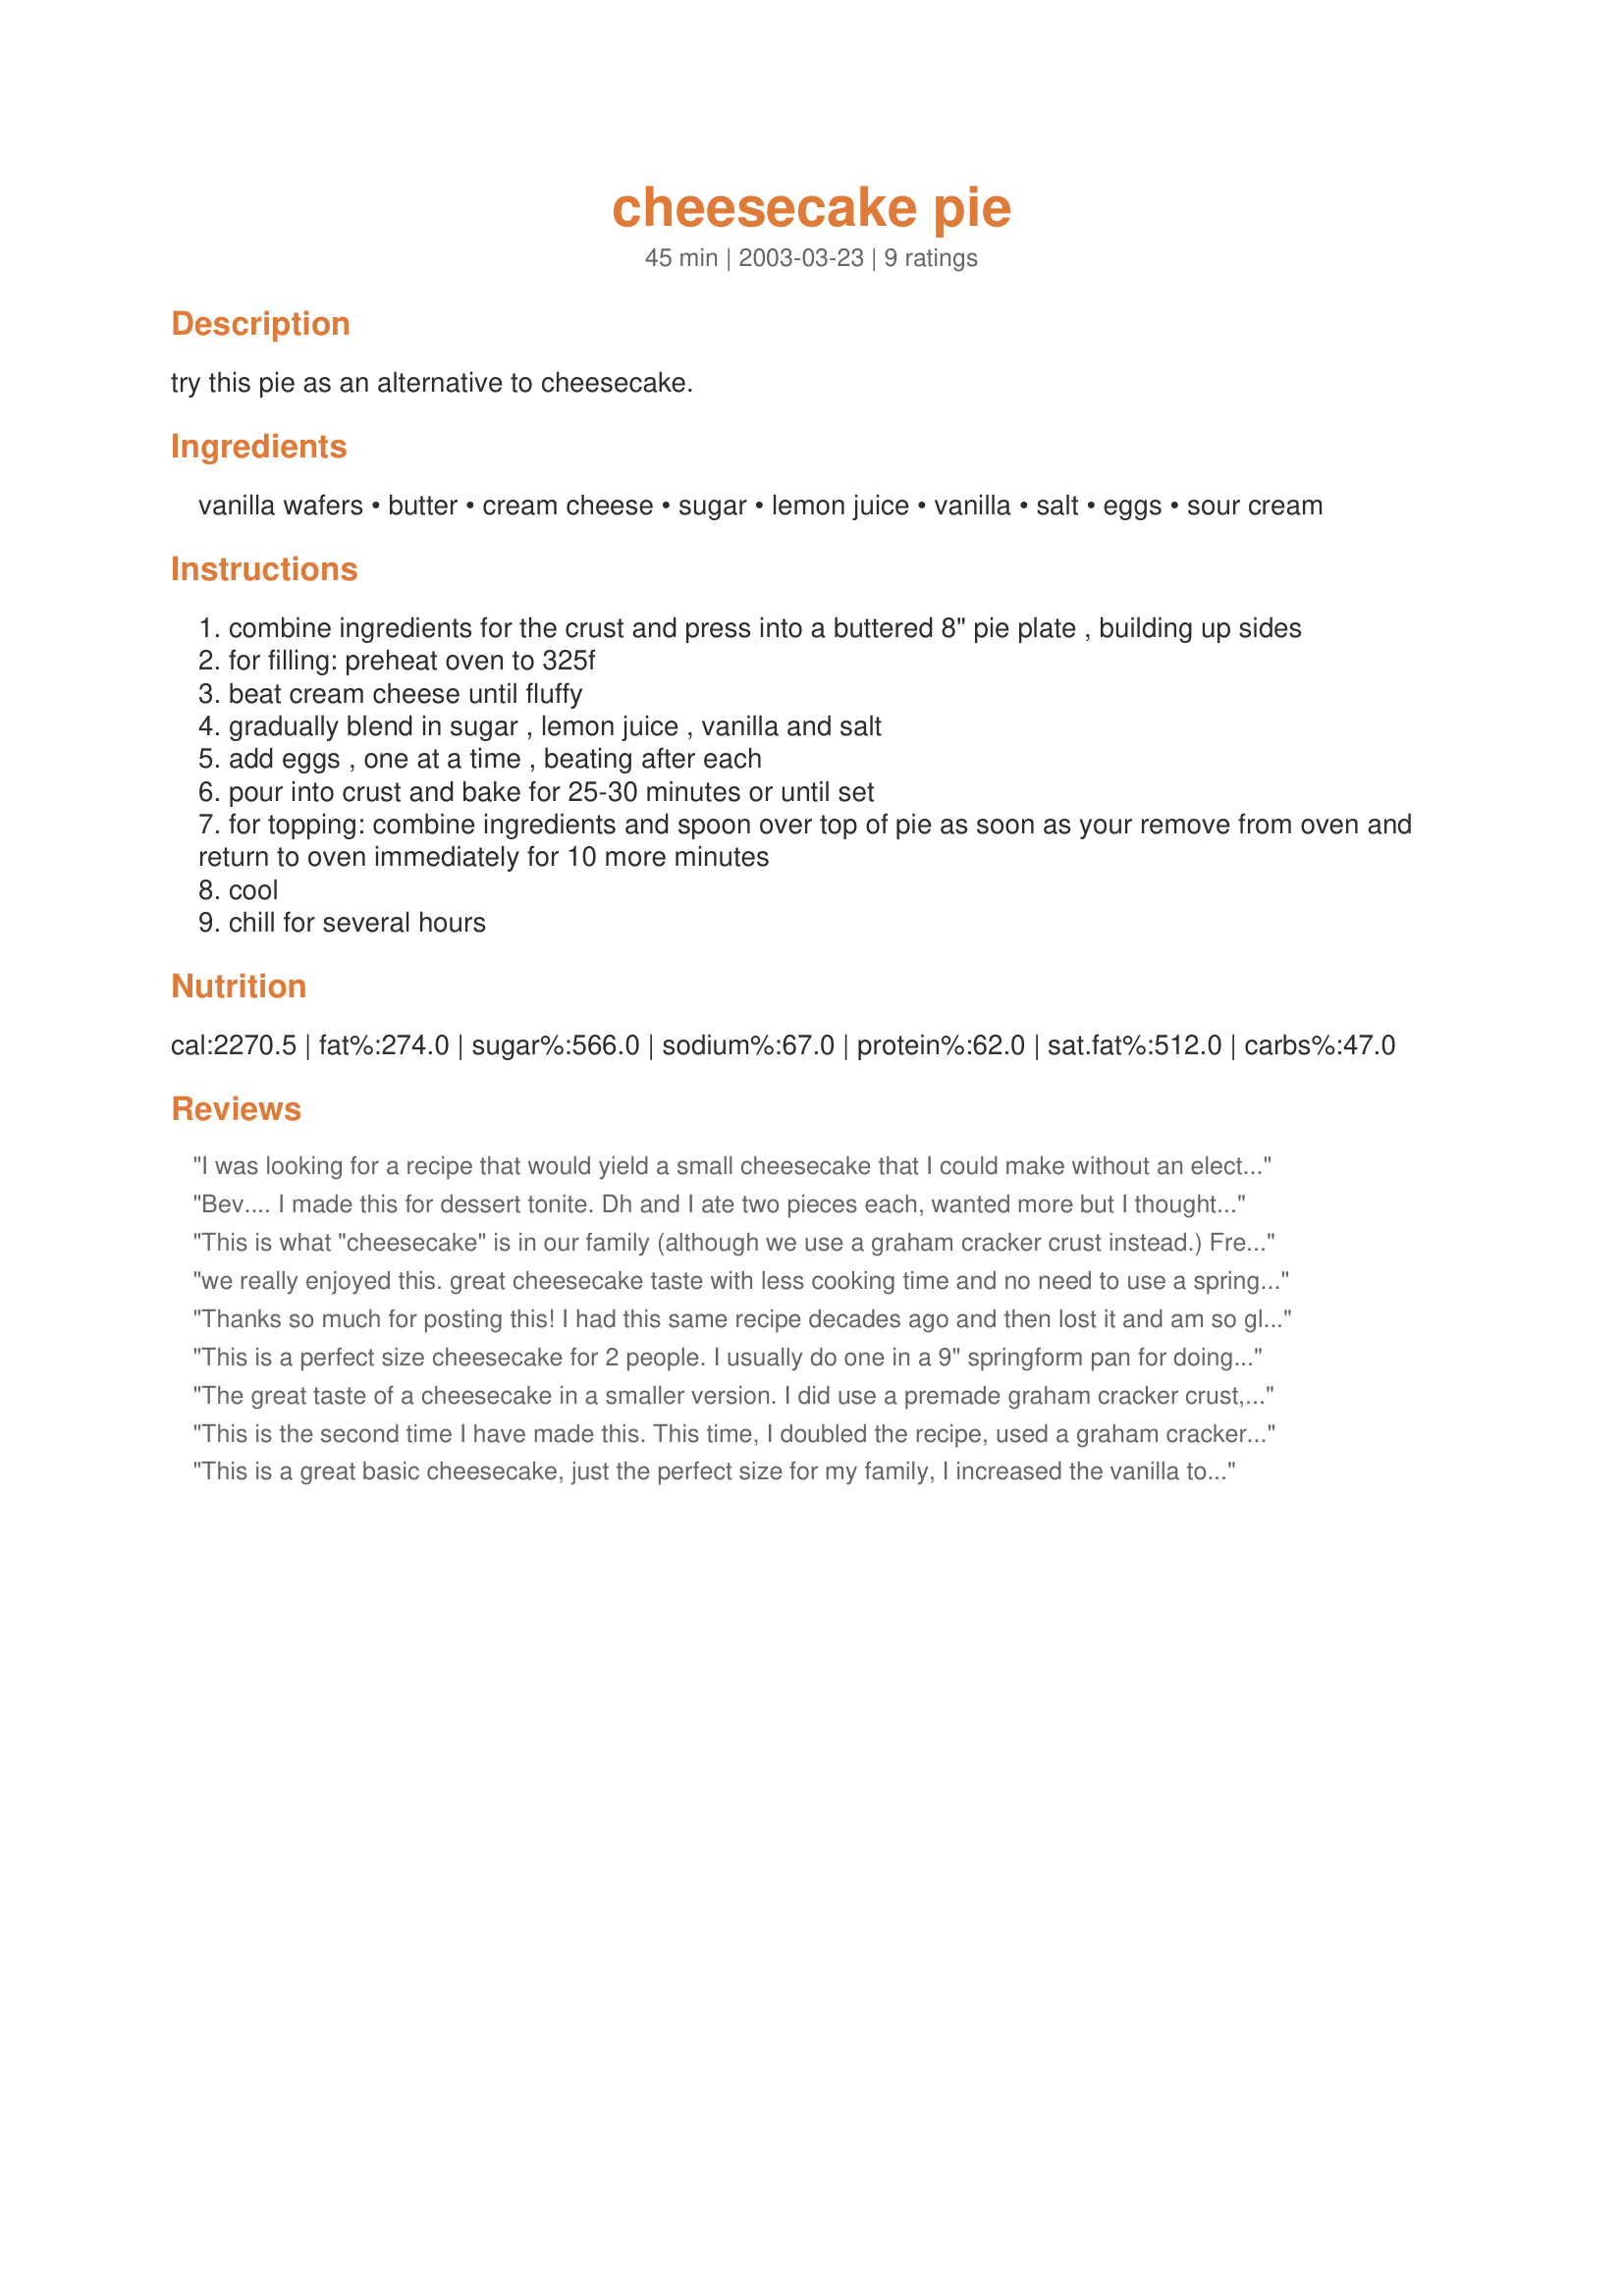
cheesecake pie
Preparation time: 45 minutes

try this pie as an alternative to cheesecake.

Ingredients:
vanilla wafers, butter, cream cheese, sugar, lemon juice, vanilla, salt, eggs, sour cream

Steps:
combine ingredients for the crust and press into a buttered 8" pie plate , building up sides
for filling: preheat oven to 325f
beat cream cheese until fluffy
gradually blend in sugar , lemon juice , vanilla and salt
add eggs , one at a time , beating after each
pour into crust and bake for 25-30 minutes or until set
for topping: combine ingredients and spoon over top of pie as soon as your remove from oven and return to oven immediately for 10 more minutes
cool
chill for several hours

Reviews:
I was looking for a recipe that would yield a small cheesecake that I could make without an electric mixer. This was a big hit with my guests and husband! Easy to make, looks pretty, tastes great!
Bev.... I made this for dessert tonite. Dh and I ate two pieces each, wanted more but I thought of my dad's saying" a minute on the lips, lifetime on the hips". Wish I could give more stars, i've made some of your recipes before and they were excellant also.
This is what "cheesecake" is in our family (although we use a graham cracker crust instead.) Fresh lemon juice, of course, makes a difference. Easy, always perfect, and delicous!
we really enjoyed this. great cheesecake taste with less cooking time and no need to use a springform pan. i chilled this overnight and it sliced up perfectly. definite keeper, thanks bev.
Thanks so much for posting this! I had this same recipe decades ago and then lost it and am so glad to have found this on food.com.
This is a perfect size cheesecake for 2 people. I usually do one in a 9" springform pan for doings, but way too much for the two of us. I did away with the lemon but added 1/2 sourcream to the batter. Very good for a small cheesecake!
The great taste of a cheesecake in a smaller version. I did use a premade graham cracker crust, followed the recipe for filling and topping ( did not use the lemon rind, just juice). Served with fresh bluberries on the side with whipped topping. Thanks for an easy dessert.
This is the second time I have made this. This time, I doubled the recipe, used a graham cracker crust and a 9 x 13 pan. Served with fresh fruit. Very good and easy Easter dessert.
This is a great basic cheesecake, just the perfect size for my family, I increased the vanilla to 1 tablespoon and used a graham cracker crumb crust, we loved this thanks for sharing hon!...Kitten:)
